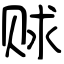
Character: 赇